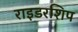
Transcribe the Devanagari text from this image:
राइडरशिप